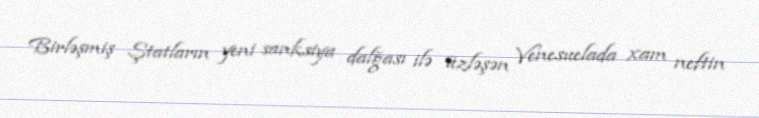
Birləşmiş Ştatların yeni sanksiya dalğası ilə üzləşən Venesuelada xam neftin